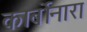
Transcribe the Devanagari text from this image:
कार्बोनारा